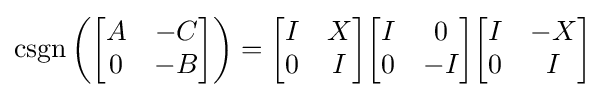
\operatorname {csgn} \left({\begin{bmatrix}A&-C\\0&-B\end{bmatrix}}\right)={\begin{bmatrix}I&X\\0&I\end{bmatrix}}{\begin{bmatrix}I&0\\0&-I\end{bmatrix}}{\begin{bmatrix}I&-X\\0&I\end{bmatrix}}